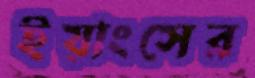
ইয়াংসের